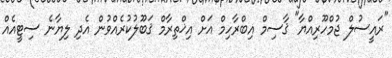
"ރައީސުލް ޖުމްހޫރިއްޔާ" ޤާސިމް އިބްރާހިމް އަށް އިޚްތިރާމް ޤަބޫލުކުރެއްވުން އެދި ލިޔާނެ ސިޓީއެއް